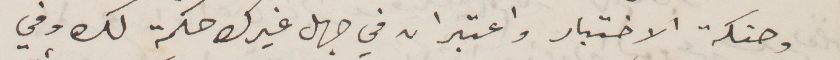
وحنكة الاختبار واعتبر ان في جهل غيرك حكمة لك وفي